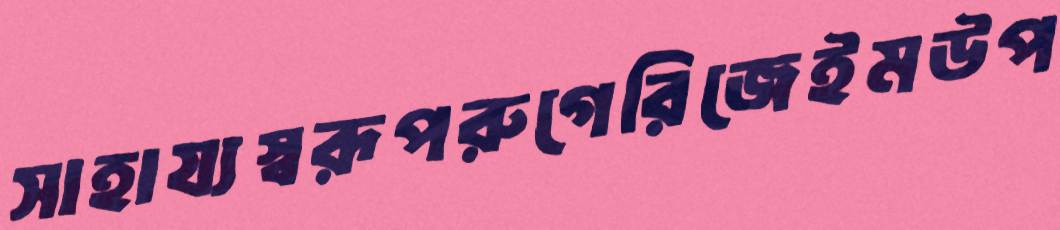
সাহায্যস্বরূপরুগেরিজেইমউপ